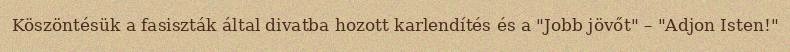
Köszöntésük a fasiszták által divatba hozott karlendítés és a "Jobb jövőt" – "Adjon Isten!"